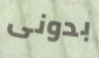
بدونى